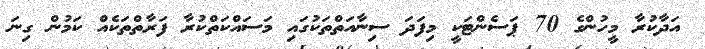
އަދާކުރާ މީހުންގެ 70 ޕަސެންޓަކީ މިފަދަ ސިނާއަތްތަކުގައި މަސައްކަތްކުރާ ފަރާތްތަކެއް ކަމުން ގިނަ